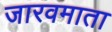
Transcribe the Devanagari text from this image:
जारवमाता